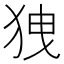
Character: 㹭